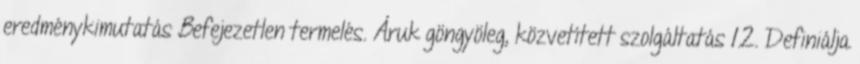
eredménykimutatás Befejezetlen termelés. Áruk göngyöleg, közvetített szolgáltatás 12. Definiálja